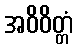
အဝိဝိတ္တံ